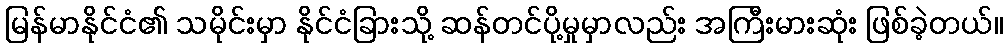
မြန်မာနိုင်ငံ၏ သမိုင်းမှာ နိုင်ငံခြားသို့ ဆန်တင်ပို့မှုမှာလည်း အကြီးမားဆုံး ဖြစ်ခဲ့တယ်။